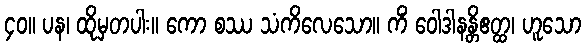
၄၀။ ပန၊ ထိုမှတပါး။ ကော စဿ သံကိလေသော။ ကိံ ဝေါဒါနန္တိဧတ္ထ၊ ဟူသော